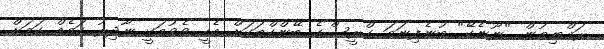
ރައްޔިތުން "ނޫނެކޭ" ބުނެފިނަމަ ގްރީސްގެ ބޭންކްތަކަށް އެހީ ވެވުމަކީ ނާދިރު ކަމެއް ކަމަށް